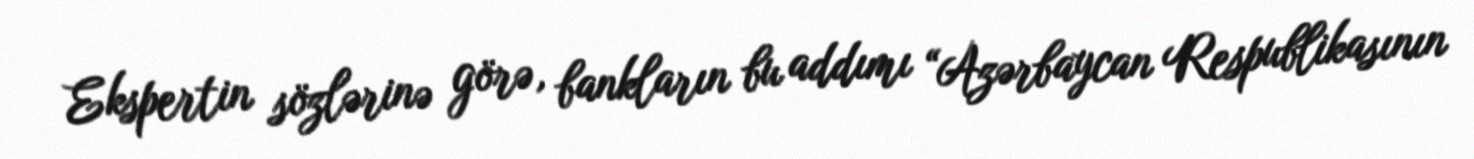
Ekspertin sözlərinə görə, bankların bu addımı “Azərbaycan Respublikasının